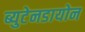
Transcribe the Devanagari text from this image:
ब्युटेनडायोन